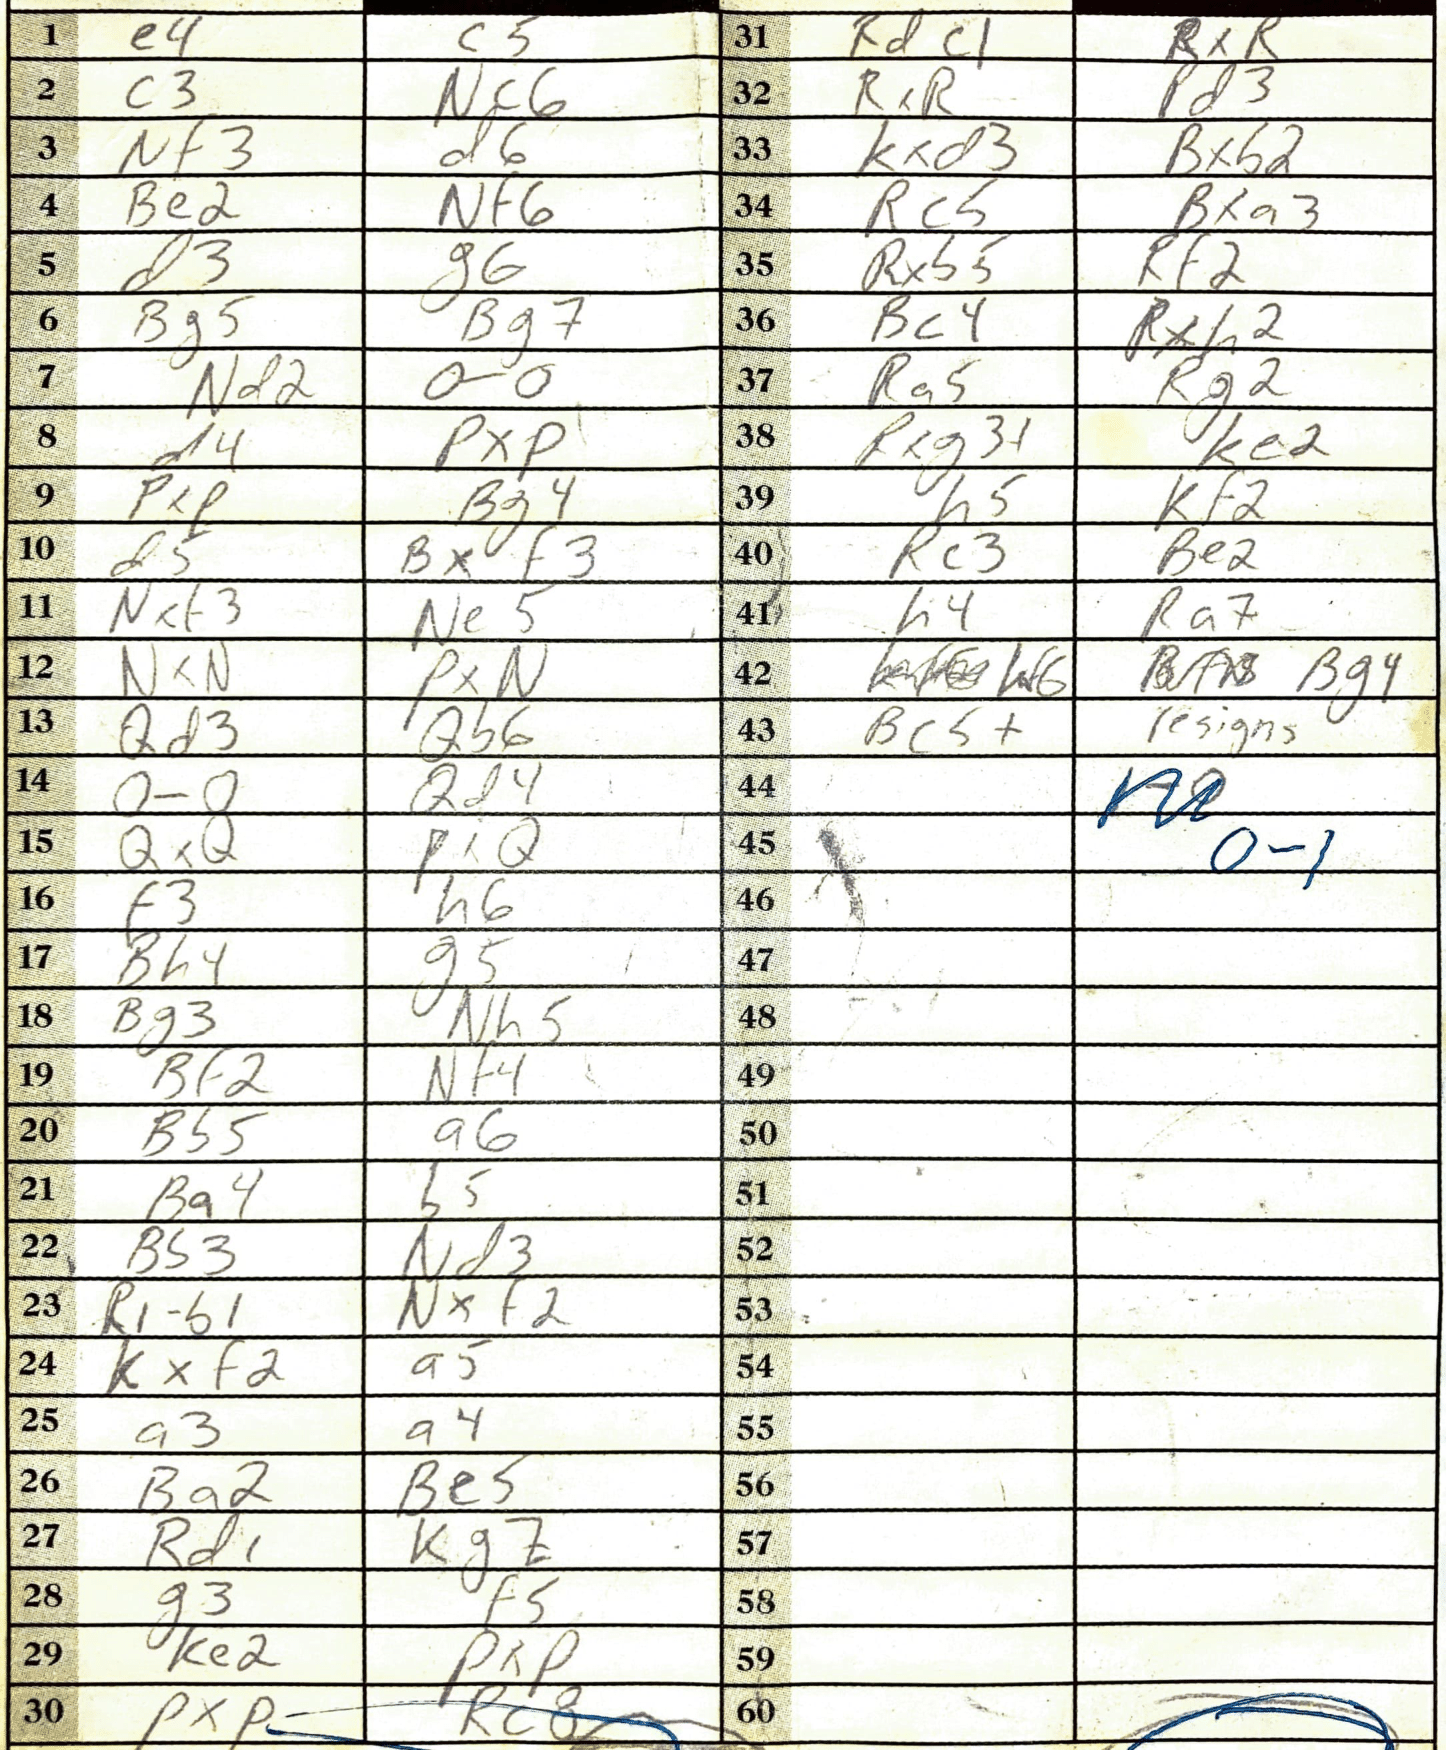
Moves: e4 c5 c3 Nc6 Nf3 d6 Be2 Nf6 d3 g6 Bg5 Bg7 Nd2 O-O d4 PxP PxP Bg4 d5 Bxf3 Nxf3 Ne5 NxN PxN Qd3 Qb6 O-O Qd4 QxQ PxQ f3 h6 Bh4 g5 Bg3 Nh5 Bf2 Nf4 Bb5 a6 Ba4 b5 Bb3 Nd3 R1b1 Nxf2 Kxf2 a5 a3 a4 Ba2 Be5 Rd1 Kg7 g3 f5 Ke2 PxP PxP Rc8 Rdc1 RxR RxR d3 Kxd3 Bxb2 Rc5 Bxa3 Rxb5 Rf2 Bc4 Rxh2 Ra5 Rg2 Rxg3+ Ke2 h5 Kf2 Rc3 Be2 h4 Ra7 Bg4 Bc5+